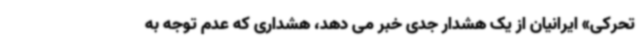
تحرکی» ایرانیان از یک هشدار جدی خبر می دهد، هشداری که عدم توجه به